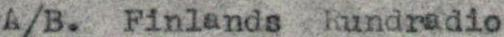
A/B.  Finlands Rundradio